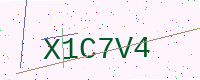
Text: X1C7V4